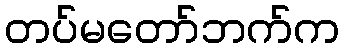
တပ်မတော်ဘက်က